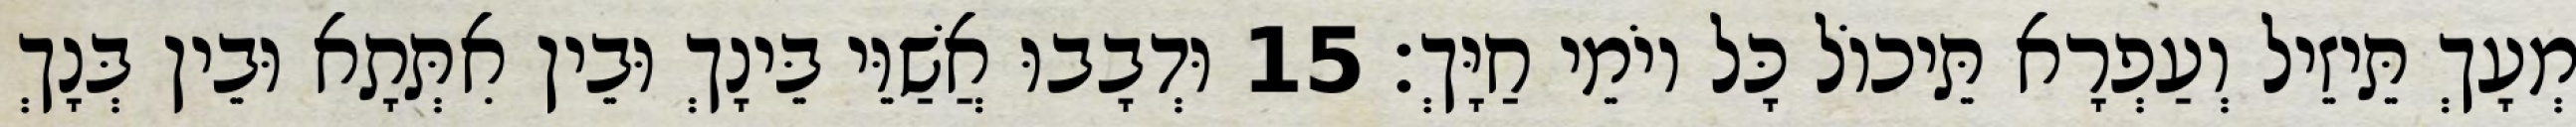
מְעָךְ תֵּיזֵיל וְעַפְרָא תֵּיכוֹל כָּל יוֹמֵי חַיָּךְ׃ 15 וּדְבָבוּ אֲשַׁוֵּי בֵּינָךְ וּבֵין אִתְּתָא וּבֵין בְּנָךְ